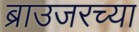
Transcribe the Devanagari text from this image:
ब्राउजरच्या